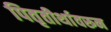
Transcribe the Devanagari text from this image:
पितृतीर्थावरून